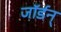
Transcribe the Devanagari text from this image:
जॉर्डन्